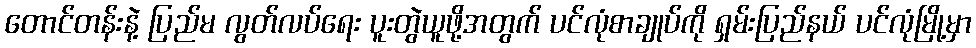
တောင်တန်းနဲ့ ပြည်မ လွတ်လပ်ရေး ပူးတွဲယူဖို့အတွက် ပင်လုံစာချုပ်ကို ရှမ်းပြည်နယ် ပင်လုံမြို့မှာ